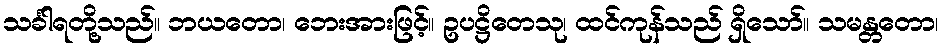
သင်္ခါရတို့သည်။ ဘယတော၊ ဘေးအားဖြင့်။ ဥပဋ္ဌိတေသု၊ ထင်ကုန်သည် ရှိသော်။ သမန္တတော၊